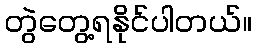
တွဲတွေ့ရနိုင်ပါတယ်။